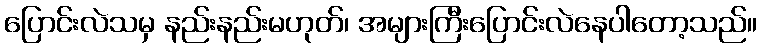
ပြောင်းလဲသမှ နည်းနည်းမဟုတ်၊ အများကြီးပြောင်းလဲနေပါတော့သည်။